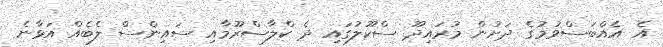
އެ އެއްބަސްވުމުގެ ދަށުން މުރައިދޫ ސްކޫލުގައި ދެ ކްލާސްރޫމާއި ސައިންސް ލެބެއް އަޅާނެ